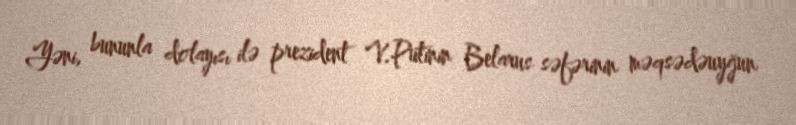
Yəni, bununla dolayısı ilə prezident V.Putinin Belarus səfərinin məqsədəuyğun